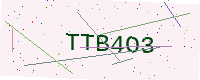
Text: TTB4O3